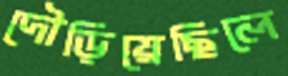
দৌড়িয়েছিলে